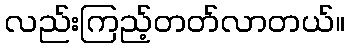
လည်းကြည့်တတ်လာတယ်။